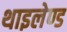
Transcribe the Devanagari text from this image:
थाइलेण्ड